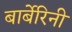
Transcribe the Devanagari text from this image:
बार्बेरिनी